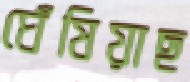
ঘেঁষিয়াছ